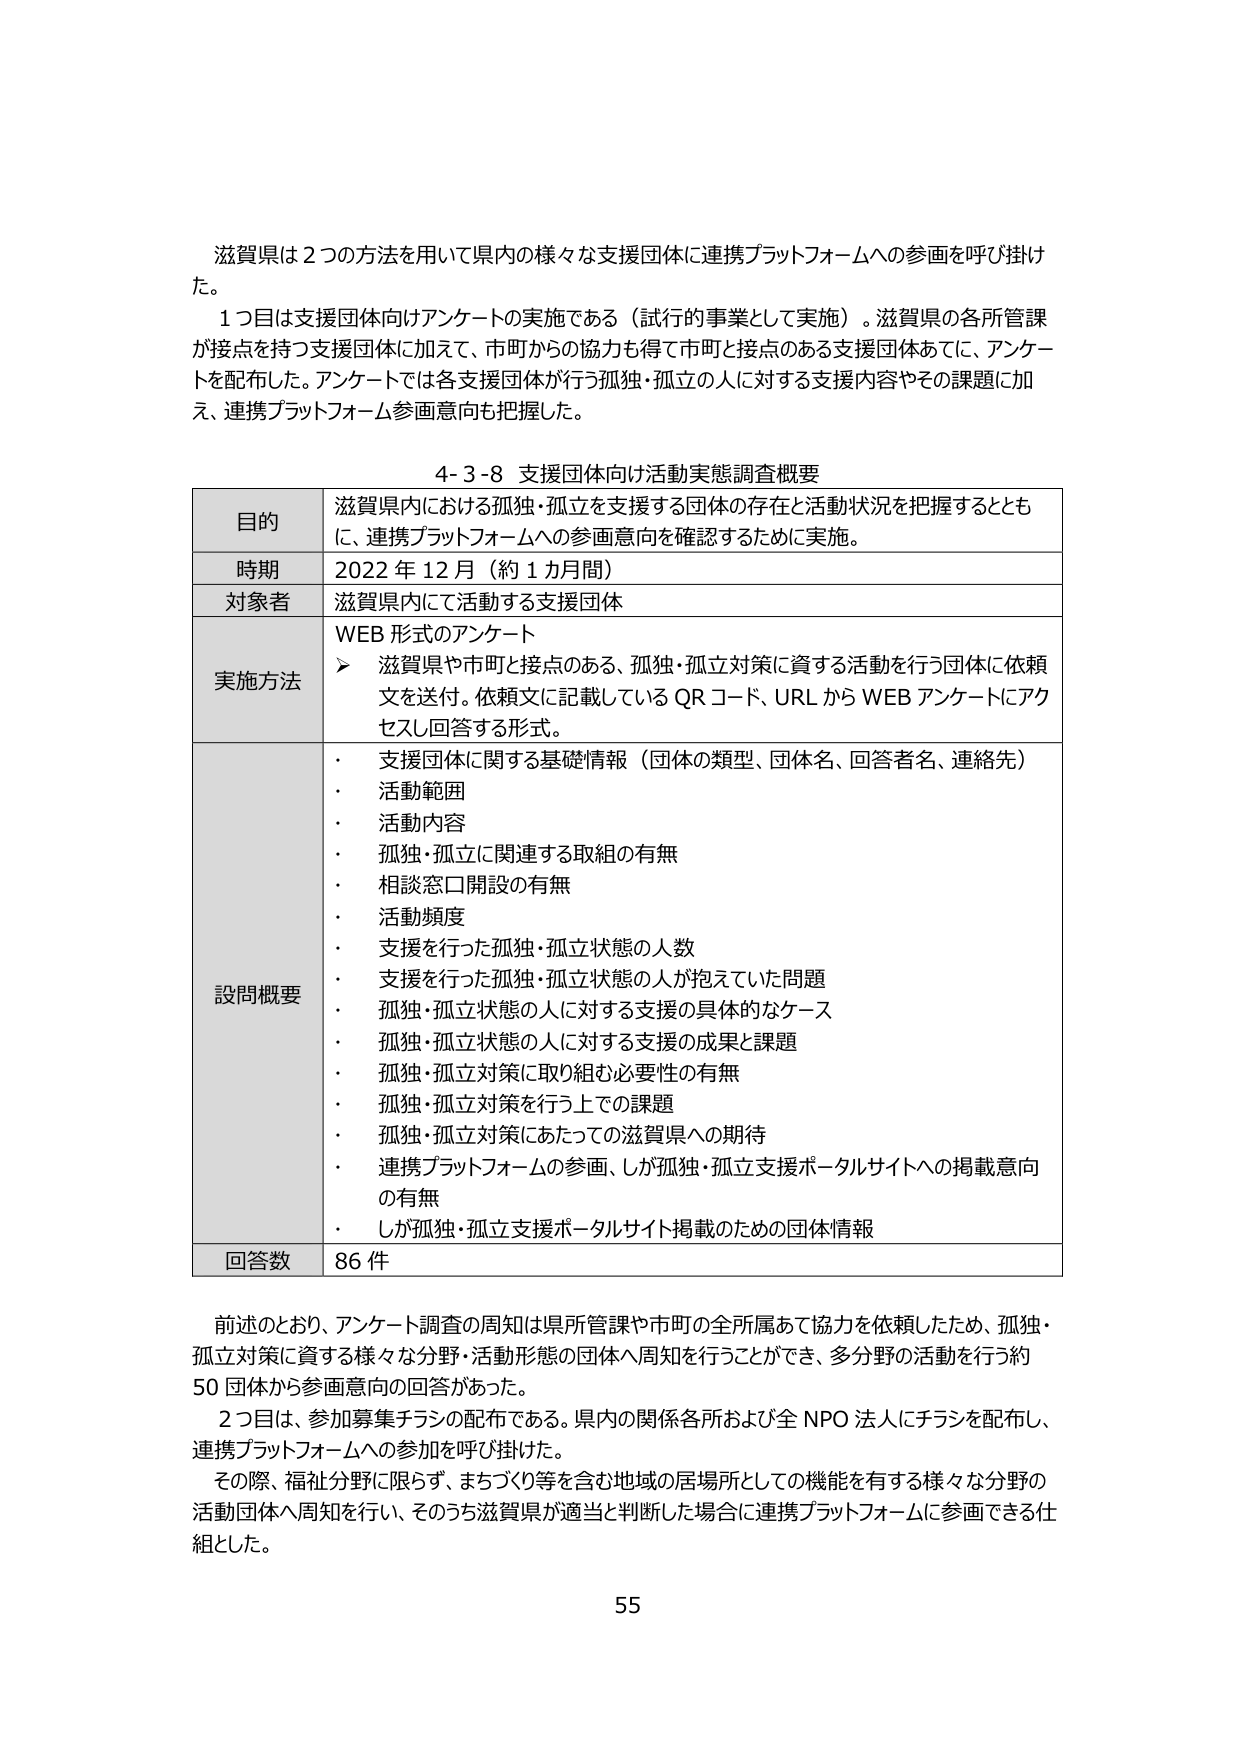
滋賀県は２つの方法を用いて県内の様々な支援団体に連携プラットフォームへの参画を呼び掛けた。

１つ目は支援団体向けアンケートの実施である（試行的事業として実施）。滋賀県の各所管課が接点を持つ支援団体に加えて、市町からの協力も得て市町と接点のある支援団体あてに、アンケートを配布した。アンケートでは各支援団体が行う孤独・孤立の人に対する支援内容やその課題に加え、連携プラットフォーム参画意向も把握した。

4-3-8 支援団体向け活動実態調査概要

| 目的 | 滋賀県内における孤独・孤立を支援する団体の存在と活動状況を把握するとともに、連携プラットフォームへの参画意向を確認するために実施。 |
|------|------------------------------------------------------------------------------------------------------------------|
| 時期 | 2022年12月（約1カ月間） |
| 対象者 | 滋賀県内で活動する支援団体 |
| 実施方法 | WEB形式のアンケート<br>　　➤ 滋賀県や市町と接点のある、孤独・孤立対策に資する活動を行う団体に依頼文を送付。依頼文に記載しているQRコード、URLからWEBアンケートにアクセスし回答する形式。 |
| 設問概要 | ・支援団体に関する基礎情報（団体の類型、団体名、回答者名、連絡先）<br>　　・活動範囲<br>　　・活動内容<br>　　・孤独・孤立に関連する取組の有無<br>　　・相談窓口開設の有無<br>　　・活動頻度<br>　　・支援を行った孤独・孤立状態の人数<br>　　・支援を行った孤独・孤立状態の人が抱えていた問題<br>　　・孤独・孤立状態の人に対する支援の具体的なケース<br>　　・孤独・孤立状態の人に対する支援の成果と課題<br>　　・孤独・孤立対策に取り組む必要性の有無<br>　　・孤独・孤立対策を行う上での課題<br>　　・孤独・孤立対策にあたっての滋賀県への期待<br>　　・連携プラットフォームの参画、しが孤独・孤立支援ポータルサイトへの掲載意向の有無<br>　　・しが孤独・孤立支援ポータルサイト掲載のための団体情報 |
| 回答数 | 86件 |

前述のとおり、アンケート調査の周知は県所管課や市町の全所属あて協力を依頼したため、孤独・孤立対策に資する様々な分野・活動形態の団体へ周知を行うことができ、多分野の活動を行う約50団体から参画意向の回答があった。

２つ目は、参加募集チラシの配布である。県内の関係各所および全NPO法人にチラシを配布し、連携プラットフォームへの参加を呼び掛けた。

その際、福祉分野に限らず、まちづくり等を含む地域の居場所としての機能を有する様々な分野の活動団体へ周知を行い、そのうち滋賀県が適当と判断した場合に連携プラットフォームに参画できる仕組とした。

55